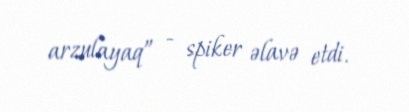
arzulayaq” - spiker əlavə etdi.